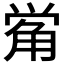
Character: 𰴣